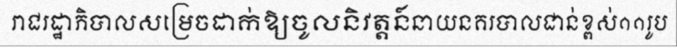
រាជរដ្ឋាភិបាលសម្រេចដាក់ឱ្យចូលនិវត្តន៍នាយនគរបាលជាន់ខ្ពស់១១រូប